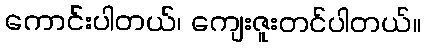
ကောင်းပါတယ်၊ ကျေးဇူးတင်ပါတယ်။